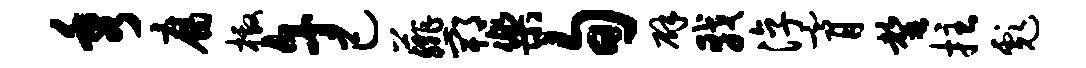
秀腐檄午己薤郫乐旬辟戟淳膏罄拄彪